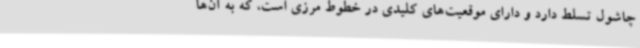
چاشول تسلط دارد و دارای موقعیت‌های کلیدی در خطوط مرزی است، که به آن‌ها